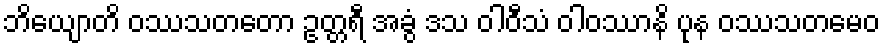
ဘိယျောတိ ဝဿသတတော ဥတ္တရီ အခွံ ဒသ ဝါဝီသံ ဝါဝဿာနိ ပုန ဝဿသတမေဝ